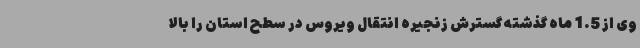
وی از 1.5 ماه گذشته گسترش زنجیره انتقال ویروس در سطح استان را بالا